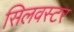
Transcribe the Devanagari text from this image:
सिलवस्टर